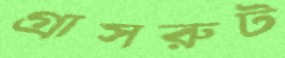
গ্রাসরুট